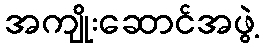
အကျိုးဆောင်အဖွဲ့